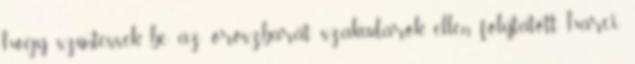
hogy szüntessék be az oroszbarát szakadárok ellen folytatott harci